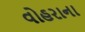
વોહરાના